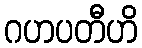
ဂဟပတီဟိ